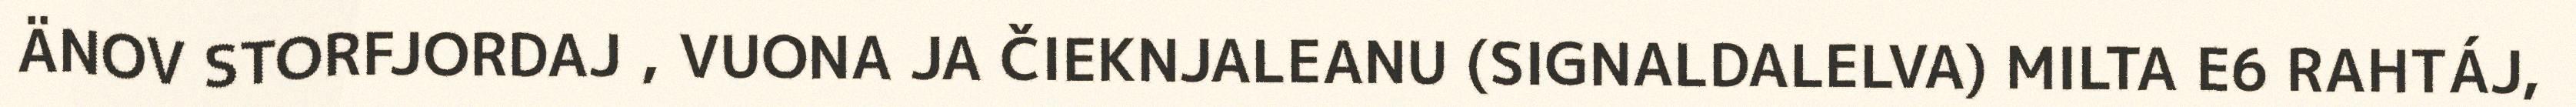
ÄNOV STORFJORDAJ , VUONA JA ČIEKNJALEANU (SIGNALDALELVA) MILTA E6 RAHTÁJ,